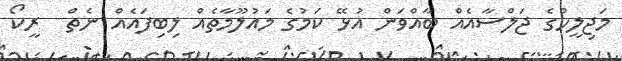
މަޖިލީހުގެ ޖަލްސާއެއް ބާއްވަން އުޅޭ ކަމުގެ މައުލޫމާތެއް ލިބިފައެއް ނެތް  ރީކޯ